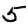
Digit: 5